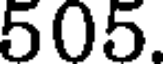
505.